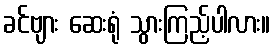
ခင်ဗျား ဆေးရုံ သွားကြည့်ပါလား။